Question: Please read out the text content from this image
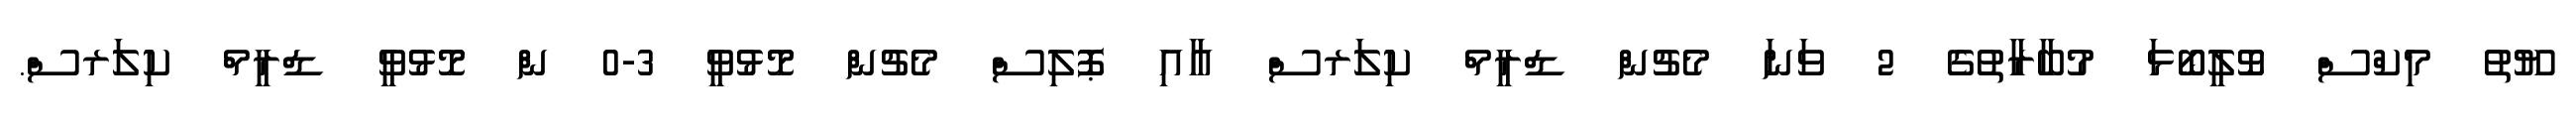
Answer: ޔޫތު މިކްސް ވޮލީބޯޅަ މުބާރާތުގެ 2 ވަނަ މެޗުން ޑްރީމް ކިލަރސް އާއި ޕޮލިސް މެޗުން މޮޅުވީ 3-0 ން މޮޅުވީ ޑްރީމް ކިލަރސް.